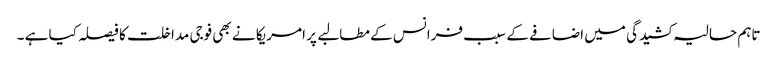
تاہم حالیہ کشیدگی میں اضافے کے سبب فرانس کے مطالبے پر امریکا نے بھی فوجی مداخلت کا فیصلہ کیا ہے ۔